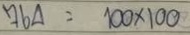
764 = 100 x 100